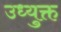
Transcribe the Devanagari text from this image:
उध्युक्त